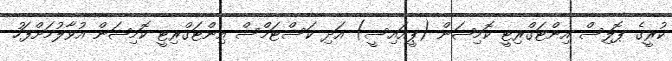
ކުރީގެ ޕޮލިސް އިންޓަގްރިޓީ ކޮމިޝަން (ޕީއައިސީ) އަދި ކަސްޓަމްސް އިންޓަގްރިޓީ ކޮމިޝަން އުވާލުމަށްފަހު